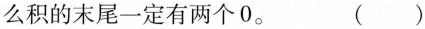
么积的末尾一定有两个0。 （ ）